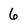
Character: 6